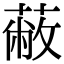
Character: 蔽